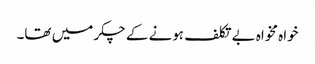
خواہ مخواہ بے تکلف ہونے کے چکر میں تھا۔